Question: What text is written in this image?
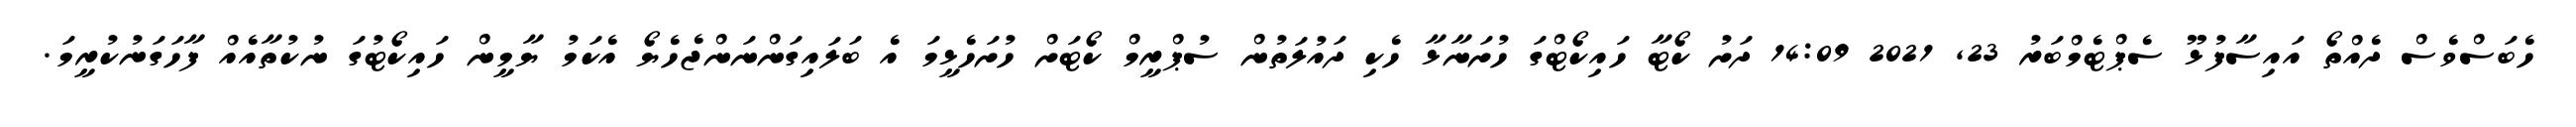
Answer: ހެބަސްވެސް ދެއްތޯ އައިސާފުޅޫ ސެޕްޓެމްބަރު 23, 2021 14:09 ދަށު ކޯޓާ ހައިކޯޓްގަ ހުށަނާޅާ ހެކި ދައުލަތުން ސުޕްރީމް ކޯޓަށް ހުށަހެޅީމަ އެ ބަލައިގަންނަންޖެހެޔޯ އެކަމު ޔާމީން ހައިކޯޓުގަ ނުކުތާއެއް ފާހަގަނުކުރީމަ.